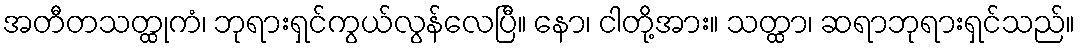
အတီတသတ္ထုကံ၊ ဘုရားရှင်ကွယ်လွန်လေပြီ။ နော၊ ငါတို့အား။ သတ္ထာ၊ ဆရာဘုရားရှင်သည်။